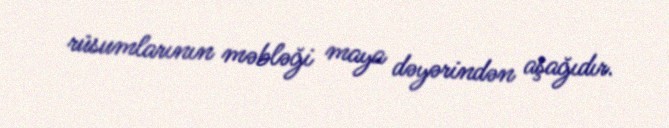
rüsumlarının məbləği maya dəyərindən aşağıdır.